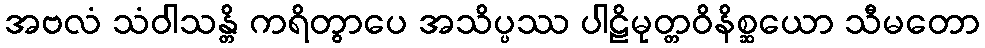
အဗလံ သံဝါသန္တိ ကရိတွာပေ အသိပ္ပဿ ပါဠိမုတ္တဝိနိစ္ဆယော သီမတော